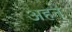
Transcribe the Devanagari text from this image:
अहन